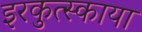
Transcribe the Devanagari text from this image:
इरकुत्स्काया